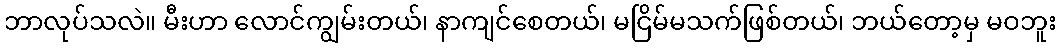
ဘာလုပ်သလဲ။ မီးဟာ လောင်ကျွမ်းတယ်၊ နာကျင်စေတယ်၊ မငြိမ်မသက်ဖြစ်တယ်၊ ဘယ်တော့မှ မဝဘူး